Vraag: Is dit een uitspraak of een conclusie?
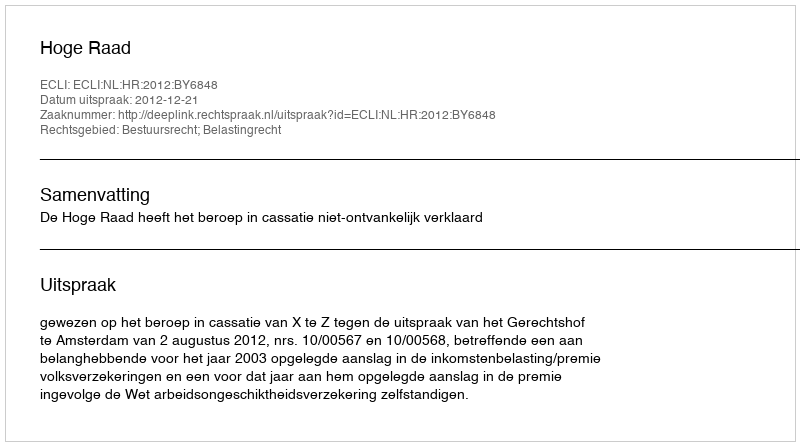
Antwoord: Uitspraak